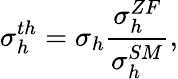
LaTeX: \sigma_{h}^{th}=\sigma_{h}\frac{\sigma_{h}^{ZF}}{\sigma_{h}^{SM}},